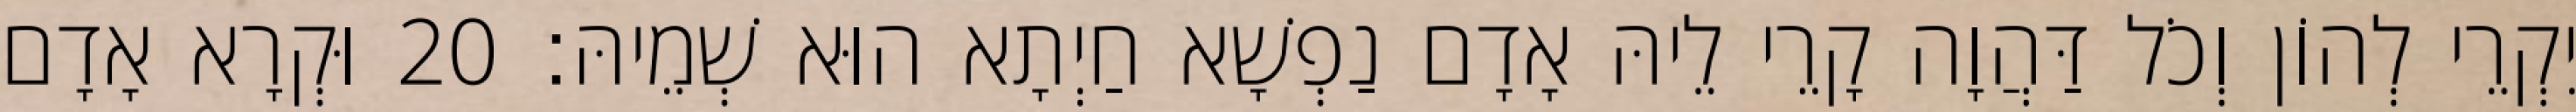
יִקְרֵי לְהוֹן וְכֹל דַּהֲוָה קָרֵי לֵיהּ אָדָם נַפְשָׁא חַיְתָא הוּא שְׁמֵיהּ׃ 20 וּקְרָא אָדָם